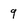
Character: q